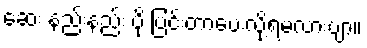
ဆေး နည်းနည်း ပို ပြင်းတာပေးလို့ရမလားဗျာ။